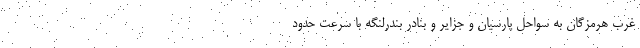
غرب هرمزگان به سواحل پارسیان و جزایر و بنادر بندرلنگه با سرعت حدود